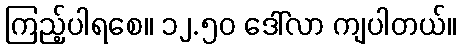
ကြည့်ပါရစေ။ ၁၂.၅၀ ဒေါ်လာ ကျပါတယ်။